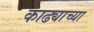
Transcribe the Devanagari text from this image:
काढ्याच्या